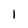
Character: l